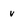
Character: v